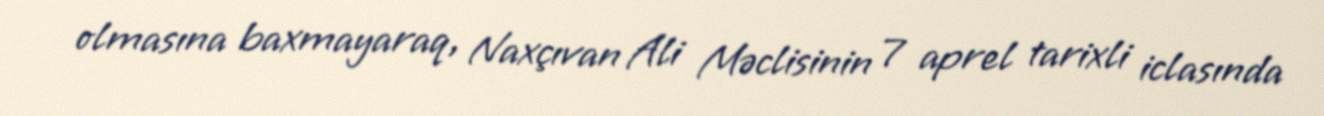
olmasına baxmayaraq, Naxçıvan Ali Məclisinin 7 aprel tarixli iclasında